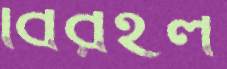
বিরইল